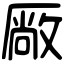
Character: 厰